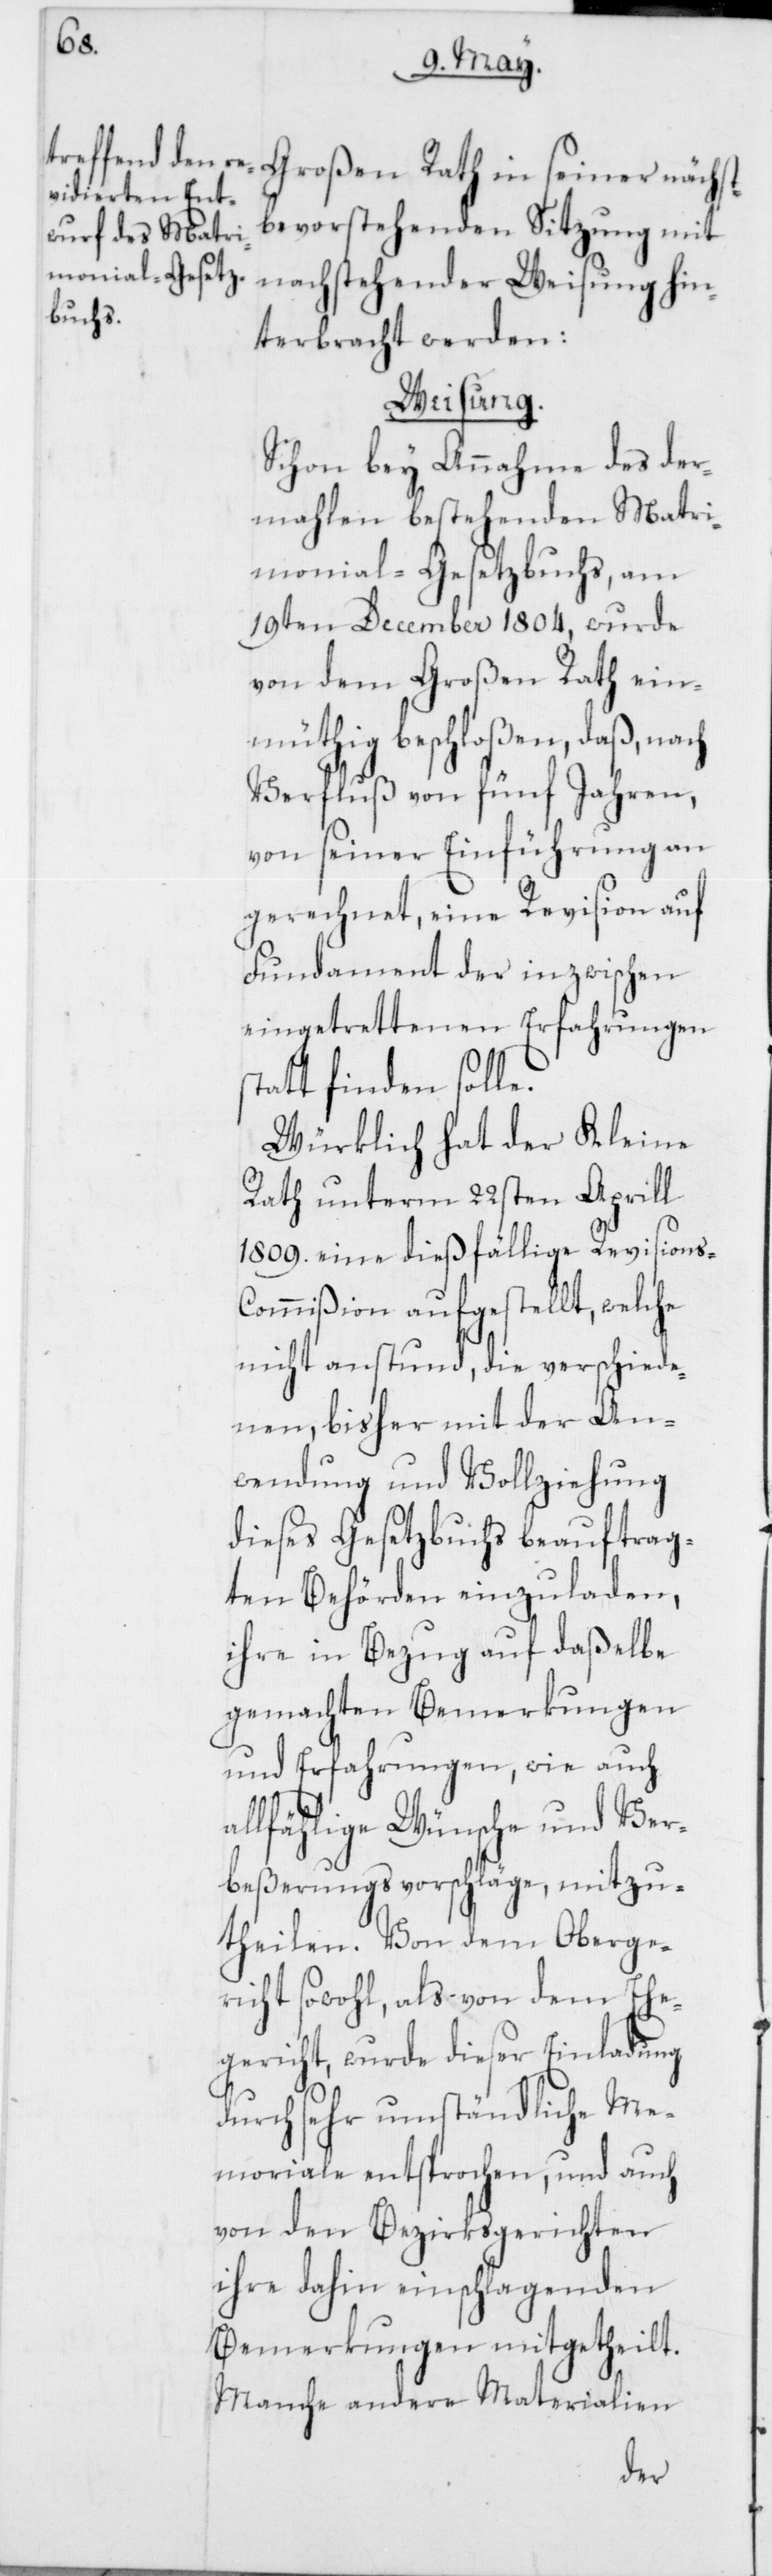
Großen Rath in seiner nächst¬
bevorstehenden Sitzung mit
nachstehender Weisung hin¬
terbracht werden:
Weisung.
Schon bey Annahme des der¬
mahlen bestehenden Matri¬
monial-Gesetzbuchs, am
19ten December 1804, wurde
von dem Großen Rath ein¬
müthig beschloßen, daß, nach
Verfluß von fünf Jahren,
von seiner Einführung an
gerechnet, eine Revision auf
Fundament der inzwischen
eingetrettenen Erfahrungen
statt finden solle.
Würklich hat der Kleine
Rath unterm 22sten Aprill
1809. eine dießfällige Revisions-C¬
ommißion aufgestellt, welche
nicht anstund, die verschiede¬
nen bisher mit der An¬
wendung und Vollziehung
dieses Gesetzbuchs beauftrag¬
ten Behörden einzuladen,
ihre in Bezug auf daßelbe
gemachten Bemerkungen
und Erfahrungen, wie auch
allfählige Wünsche und Ver¬
beßerungsvorschläge, mitzu¬
theilen. Von dem Oberge¬
richt sowohl als von dem Ehe¬
gericht, wurde dieser Einladung
durch sehr umständliche Me¬
moriale entsprochen, und auch
von den Bezirksgerichten
ihre dahin einschlagenden
Bemerkungen mitgetheilt.
Manche andere Materialien